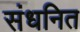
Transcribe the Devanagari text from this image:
संधनित